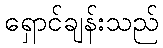
ရှောင်ချန်းသည်